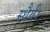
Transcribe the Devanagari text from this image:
स्थैर्य।